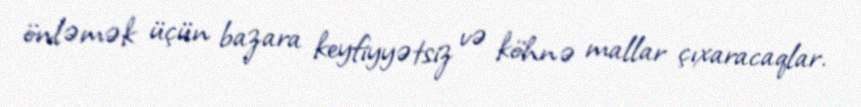
önləmək üçün bazara keyfiyyətsiz və köhnə mallar çıxaracaqlar.